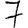
Digit: 7